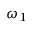
\omega _ { 1 }